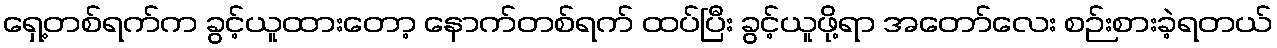
ရှေ့တစ်ရက်က ခွင့်ယူထားတော့ နောက်တစ်ရက် ထပ်ပြီး ခွင့်ယူဖို့ရာ အတော်လေး စဉ်းစားခဲ့ရတယ်